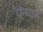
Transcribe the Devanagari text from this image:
पंन्यास